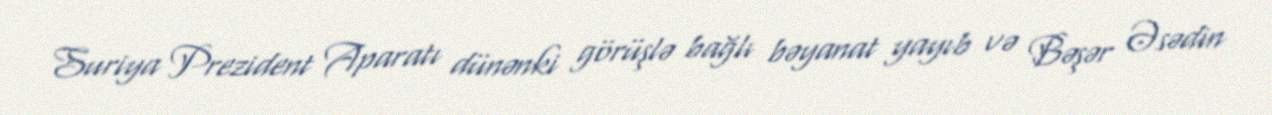
Suriya Prezident Aparatı dünənki görüşlə bağlı bəyanat yayıb və Bəşər Əsədin